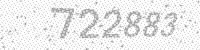
Solution: 722883